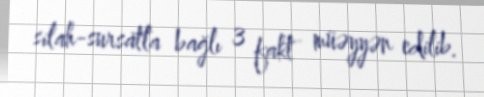
silah-sursatla bağlı 3 fakt müəyyən edilib.